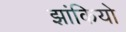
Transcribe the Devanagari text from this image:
झांकियो